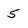
Character: 5